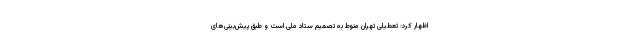
اظهار کرد: تعطیلی تهران منوط به تصمیم ستاد ملی است و طبق پیش‌بینی‌های